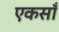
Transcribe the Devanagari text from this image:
एकसाँ